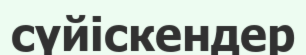
сүйіскендер